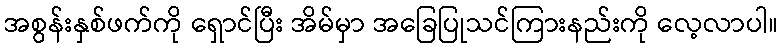
အစွန်းနှစ်ဖက်ကို ရှောင်ပြီး အိမ်မှာ အခြေပြုသင်ကြားနည်းကို လေ့လာပါ။